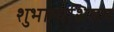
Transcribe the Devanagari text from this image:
शुभामाशिषम